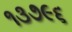
૧૩૭૯૬